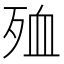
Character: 殈